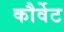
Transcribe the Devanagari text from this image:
कौर्वेट